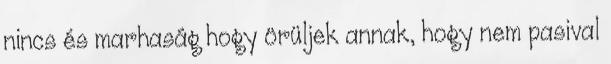
nincs és marhaság hogy örüljek annak, hogy nem pasival